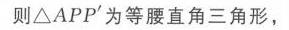
则\(\triangle AP^{\prime}P\)为等腰直角三角形，